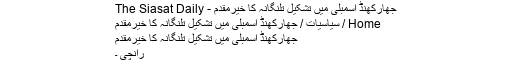
جھارکھنڈ اسمبلی میں تشکیل تلنگانہ کا خیرمقدم - The Siasat Daily
Home / سیاسیات / جھارکھنڈ اسمبلی میں تشکیل تلنگانہ کا خیرمقدم
جھارکھنڈ اسمبلی میں تشکیل تلنگانہ کا خیرمقدم
رانچی ۔